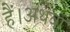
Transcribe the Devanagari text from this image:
हैं।अथवा